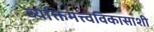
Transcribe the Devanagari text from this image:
व्यक्तिमत्त्वविकासाशी